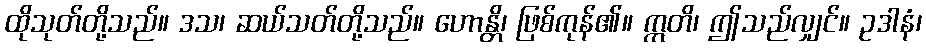
ထိုသုတ်တို့သည်။ ဒသ၊ ဆယ်သတ်တို့သည်။ ဟောန္တိ၊ ဖြစ်ကုန်၏။ ဣတိ၊ ဤသည်လျှင်။ ဥဒါနံ၊